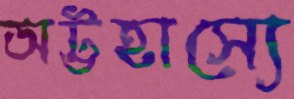
অট্টহাস্যে